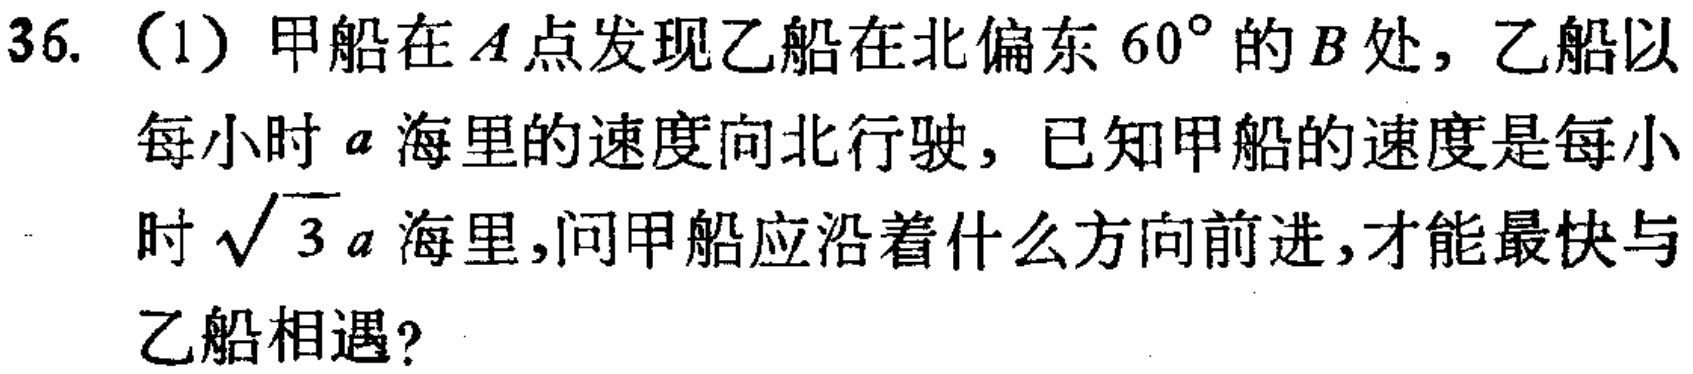
36. （1）甲船在\(A\)点发现乙船在北偏东\(60^{\circ}\)的\(B\)处，乙船以每小时\(a\)海里的速度向北行驶，已知甲船的速度是每小时\(\sqrt{3}a\)海里，问甲船应沿着什么方向前进，才能最快与乙船相遇？